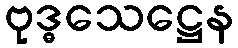
ဗုဒ္ဓသေဋ္ဌေန